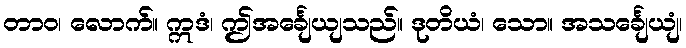
တာဝ၊ လောက်။ ဣဒံ၊ ဤအင်္ချေယျသည်။ ဒုတိယံ၊ သော။ အသင်္ချေယျံ၊